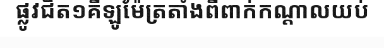
ផ្លូវជិត១គីឡូម៉ែត្រតាំងពីពាក់កណ្តាលយប់